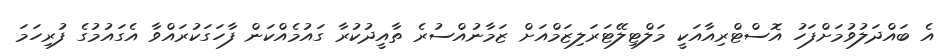
އެ ބައްދަލުވުމަށްފަހު އޮސްޓްރިއާއަކީ މަލްޓިލޭޓަރަލިޒަމްއަށް ޒަމާނުއްސުރެ ތާއީދުކުރާ ގައުމެއްކަން ފާހަގަކުރައްވާ އެގައުމުގެ ފުރިހަމަ